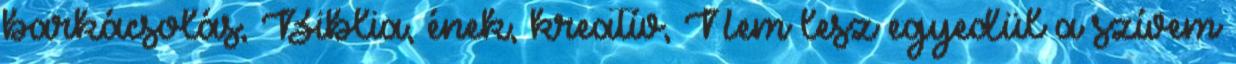
barkácsolás, Biblia, ének, kreatív, Nem lesz egyedül a szívem